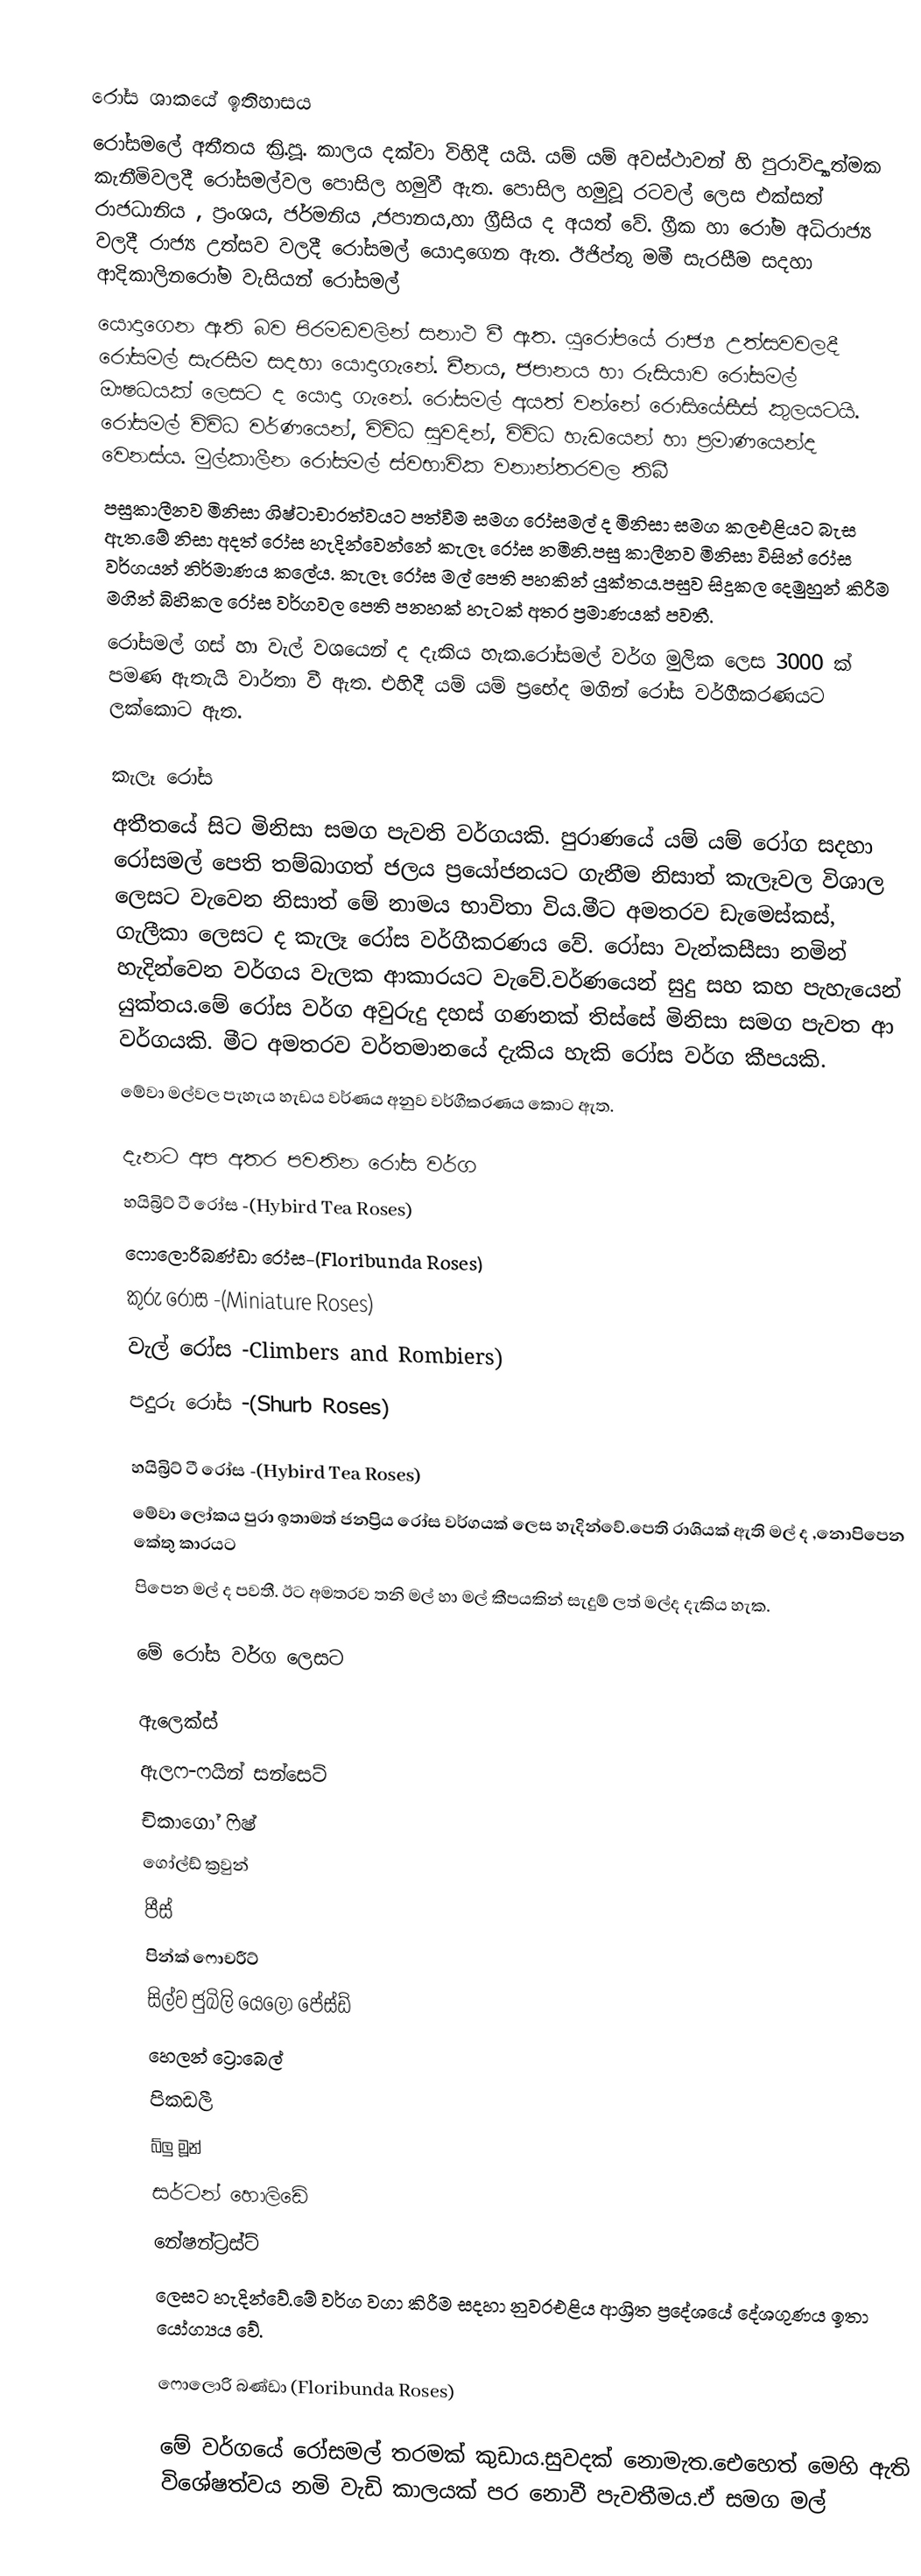

රෝස ශාකයේ  ඉතිහාසය
රෝසමලේ අතීතය ක්‍රි.පූ. කාලය දක්වා විහිදී යයි. යම් යම් අවස්ථාවන් හි පුරාවිද්‍යාත්මක කැනීමිවලදී රෝසමල්වල පොසිල හමුවී ඇත. පොසිල හමුවූ රටවල් ලෙස එක්සත් රාජධානිය , ප්‍රංශය, ජර්මනිය ,ජපානය,හා ග්‍රීසිය ද අයත් වේ. ග්‍රීක හා රෝම අධිරාජ්‍ය වලදී රාජ්‍ය උත්සව වලදී රෝසමල් යොදාගෙන ඇත. ඊජිප්තු මමී සැරසීම සදහා ආදිකාලිනරෝම වැසියන් රෝසමල්
යොදාගෙන ඇති බව පිරමඩවලින් සනාථ වී ඇත. යුරෝපයේ රාජ්‍ය උත්සවවලදී රෝසමල් සැරසීම සදහා යොදාගැනේ. චීනය, ජපානය හා රුසියාව රෝසමල් ඖෂධයක් ලෙසට ද යොදා ගැනේ. රෝසමල් අයත් වන්නේ රොසියේසීස් කුලයටයි. රෝසමල් විවිධ වර්ණයෙන්, විවිධ සුවදින්, විවිධ හැඩයෙන් හා ප්‍රමාණයෙන්ද වෙනස්ය. මුල්කාලීන රෝසමල් ස්වභාවික වනාන්තරවල තිබී
පසුකාලීනව මිනිසා ශිෂ්ටාචාරත්වයට පත්වීම සමග රෝසමල් ද මිනිසා සමග කලඑළියට බැස ඇත.මේ නිසා අදත් රෝස හැදින්වෙන්නේ කැලෑ රෝස නමිනි.පසු කාලීනව මිනිසා විසින් රෝස වර්ගයන් නිර්මාණය කලේය.	කැලෑ රෝස මල් පෙති පහකින් යුක්තය.පසුව සිදුකල දෙමුහුන් කිරීම මගින් බිහිකල රෝස වර්ගවල පෙති  පනහක් හැටක් අතර ප්‍රමාණයක්  පවතී.
රෝසමල් ගස් හා වැල් වශයෙන් ද දැකිය හැක.රෝසමල් වර්ග මුලික ලෙස 3000 ක් පමණ ඇතැයි වාර්තා වී ඇත. එහිදී යම් යම් ප්‍රභේද මගින් රෝස වර්ගීකරණයට ලක්කොට ඇත.

කැලෑ රෝස
අතීතයේ සිට මිනිසා සමග පැවති වර්ගයකි. පුරාණයේ යම් යම් රෝග සදහා රෝසමල් පෙති තම්බාගත් ජලය ප්‍රයෝජනයට ගැනීම නිසාත් කැලෑවල විශාල ලෙසට වැවෙන නිසාත් මේ නාමය භාවිතා විය.මීට අමතරව ඩැමෙස්කස්, ගැලීකා ලෙසට ද කැලෑ රෝස වර්ගීකරණය වේ. රෝසා වැන්කසීසා නමින් හැදින්වෙන වර්ගය වැලක ආකාරයට වැවේ.වර්ණයෙන් සුදු සහ කහ පැහැයෙන් යුක්තය.මේ රෝස වර්ග අවුරුදු දහස් ගණනක් තිස්සේ මිනිසා සමග පැවත ආ වර්ගයකි. මීට අමතරව වර්තමානයේ දැකිය හැකි රෝස වර්ග කීපයකි.
මේවා මල්වල පැහැය හැඩය වර්ණය අනුව වර්ගීකරණය කොට ඇත.

දැනට අප අතර පවතින රෝස වර්ග
හයිබ්‍රිට් ටී රෝස  -(Hybird Tea Roses)
ෆොලොරිබණ්ඩා  රෝස-(Floribunda Roses)
කුරු රෝස  -(Miniature Roses)
වැල් රෝස  -Climbers and Rombiers)
පදුරු රෝස -(Shurb Roses)

හයිබ්‍රිට් ටී රෝස  -(Hybird Tea Roses)
මේවා ලෝකය පුරා ඉතාමත් ජනප්‍රිය රෝස වර්ගයක් ලෙස හැදින්වේ.පෙති රාශියක් ඇති මල් ද ,නොපිපෙන කේතු කාරයට
පිපෙන මල් ද පවතී. ඊට අමතරව තනි මල් හා මල් කීපයකින් සැදුම් ලත් මල්ද දැකිය හැක.

මේ රෝස වර්ග ලෙසට

ඇලෙක්ස්
ඇලෆ-ෆයින් සන්සෙට්
චිකාගෝ ෆිෂ්
ගෝල්ඩ් ක්‍රවුන්
පීස්
පින්ක් ෆොචරීට්
සිල්ව ජුබිලි යෙලෝ පේස්ඩ්
හෙලන් ට්‍රොබෙල්
පිකඩලී
බ්ලු මූන්
සර්ටන් හොලිඩේ
නේෂන්ට්‍රස්ට්
ලෙසට හැදින්වේ.මේ වර්ග වගා කිරීම සදහා නුවරඑළිය ආශ්‍රිත ප්‍රදේශයේ දේශගුණය ඉතා යෝග්‍යය වේ.

ෆොලොරි බණ්ඩා (Floribunda  Roses)

මේ වර්ගයේ රෝසමල් තරමක් කුඩාය.සුවදක් නොමැත.ඓහෙත් මෙහි ඇති විශේෂත්වය නමි වැඩි කාලයක් පර නොවී පැවතීමය.ඒ සමග මල්